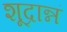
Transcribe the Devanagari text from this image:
शूद्रान्नं